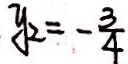
y _ { 2 } = - \frac { 3 } { 4 }